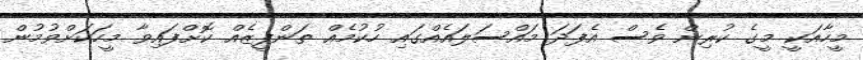
މީހާއަކީ މީގެ ކުރިން ވެސް އެފަދަ މައްސަލައެއްގައި ހުކުމެއް ތަންފީޒެއް ކޮށްފައިވާ މީހަކަށްވުމުން